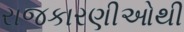
રાજકારણીઓથી